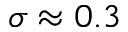
\sigma \approx 0 . 3